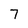
Character: 7